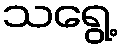
သရွေ့